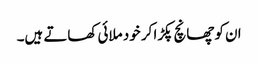
ان کو چھانچ پکڑا کر خود ملائی کھاتے ہیں۔